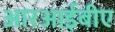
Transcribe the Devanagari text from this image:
आरआईबीए